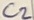
Text: C2